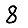
Digit: 8